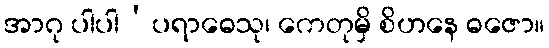
အာဂု ပါပါ’ပရာဓေသု၊ ကေတုမှိ စိဟနေ ဓဇော။